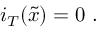
i _ { T } ( \widetilde { x } ) = 0 \ .